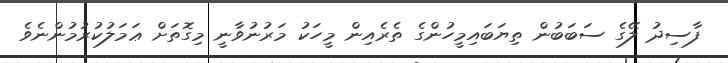
ފާސިދު ލޭގެ ސަބަބުން ތިޔަބައިމީހުންގެ ތެރެއިން މީހަކު މަރުނުވާނީ މިގޮތަށް ޢަމަލުކުރުމުންނެވެ